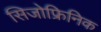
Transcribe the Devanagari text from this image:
सिजोफ्रिनिक